Civil Veterinary Dept. Bombay admin report 1893-99 - 1893-1899
Year: 1893
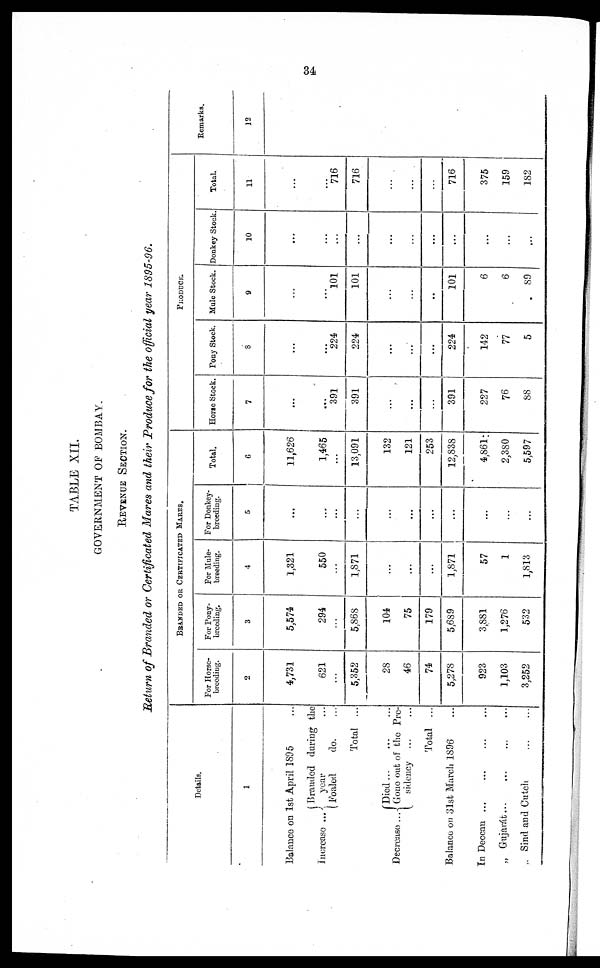
34
TABLE XII.
GOVERNMENT OF BOMBAY.
REVENUE SECTION.
Return of Branded or Certificated Mares and their Produce for the official year 1895-96.
Details.
1
Balance on 1st April 1895 ...
Increase ...
Branded during the
year ...
Foaled
do. ...
Total ...
Decrease ...
Died ... ... ...
Gone out of the Pre¬
sidency ... ...
Total ...
Balance on 31st March 1896 ...
In Deccan ... ... ... ...
„ Gujarát ... ... ... ...
„ Sind and Cutch ... ...
BRANDED OR CERTIFICATED MARES.
For Horse¬
breeding.
2
4,731
621
...
5,352
28
46
74
5,278
923
1,103
3,252
For Pony¬
breeding.
3
5,574
294
...
5,868
104
75
179
5,689
3,881
1,276
532
For Mule¬
breeding.
4
1,321
550
...
1,871
...
...
...
1,871
57
1
1,813
For Donkey¬
breeding.
5
...
...
...
...
...
...
...
...
...
...
...
Total.
6
11,626
1,465
...
13,091
132
121
253
12,838
4,861
2,380
5,597
PRODUCE.
Horse Stock.
7
...
...
391
391
...
...
...
391
227
76
88
Pony Stock.
8
...
...
224
224
...
...
...
224
142
77
5
Mule Stock.
9
...
...
101
101
...
...
..
101
6
6
89
Donkey Stock.
10
...
...
...
...
...
...
...
...
...
...
...
Total.
11
...
...
716
716
...
...
...
716
375
159
182
Remarks.
12